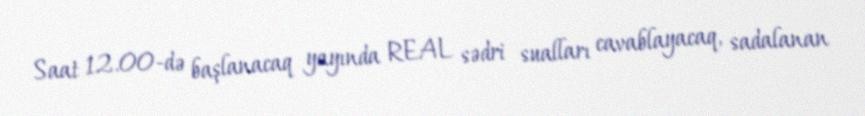
Saat 12.00-də başlanacaq yayında REAL sədri sualları cavablayacaq, sadalanan